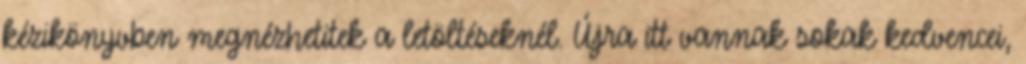
kézikönyvben megnézhetitek a letöltéseknél. Újra itt vannak sokak kedvencei,